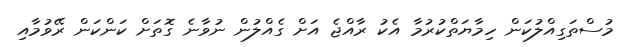
މުސްތަގިއްލުކަން ހިމާޔަތްކުރުމާ އެކު ރާއްޖެ އަށް ގެއްލުން ނުވާނެ ގޮތަށް ކަންކަން ރޭވުމާއި